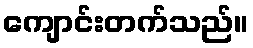
ကျောင်းတက်သည်။